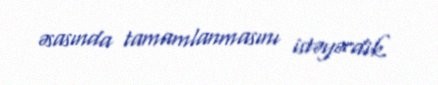
əsasında tamamlanmasını istəyərdik.